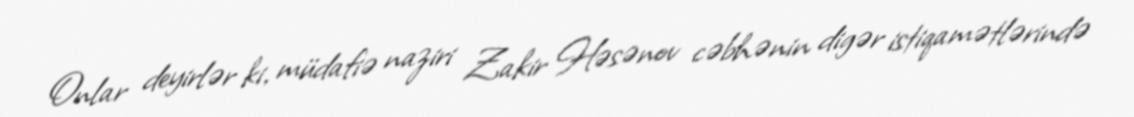
Onlar deyirlər ki, müdafiə naziri Zakir Həsənov cəbhənin digər istiqamətlərində